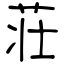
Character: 荘